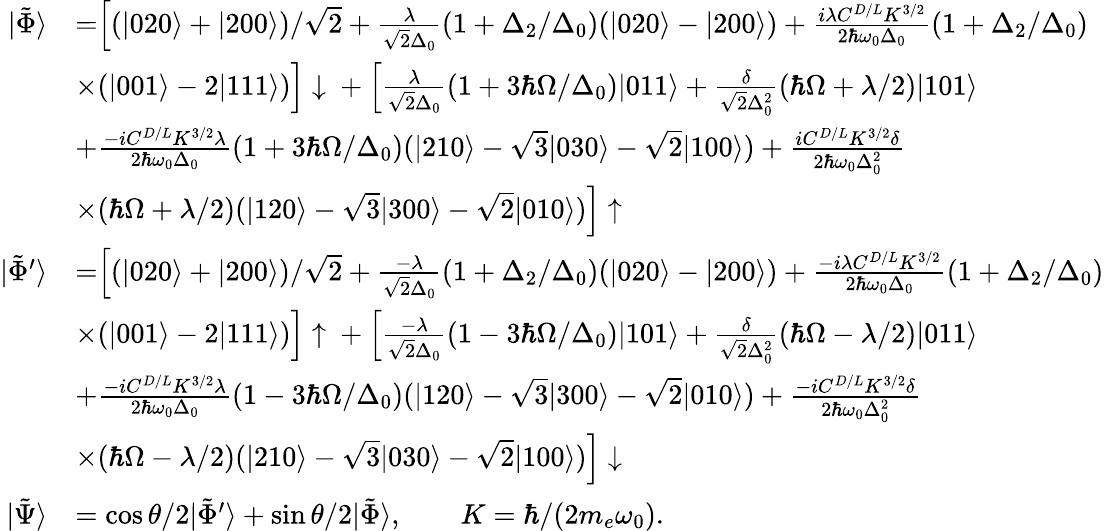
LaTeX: \begin{array}{rl}{|\tilde{\Phi}\rangle}&{=\Bigr[(|020\rangle+|200\rangle)/\sqrt{2}+\frac{\lambda}{\sqrt{2}\Delta_{0}}(1+\Delta_{2}/\Delta_{0})(|020\rangle-|200\rangle)+\frac{i\lambda C^{D/L}K^{3/2}}{2\hbar\omega_{0}\Delta_{0}}(1+\Delta_{2}/\Delta_{0})}\\ &{\times(|001\rangle-2|111\rangle)\Bigr]\downarrow\: +\: \Bigr[\frac{\lambda}{\sqrt{2}\Delta_{0}}(1+3\hbar\Omega/\Delta_{0})|011\rangle+\frac{\delta}{\sqrt{2}\Delta_{0}^{2}}(\hbar\Omega+\lambda/2)|101\rangle}\\ &{+\frac{-iC^{D/L}K^{3/2}\lambda}{2\hbar\omega_{0}\Delta_{0}}(1+3\hbar\Omega/\Delta_{0})(|210\rangle-\sqrt{3}|030\rangle-\sqrt{2}|100\rangle)+\frac{iC^{D/L}K^{3/2}\delta}{2\hbar\omega_{0}\Delta_{0}^{2}}}\\ &{\times(\hbar\Omega+\lambda/2)(|120\rangle-\sqrt{3}|300\rangle-\sqrt{2}|010\rangle)\Bigr]\uparrow}\\ {|\tilde{\Phi}^{\prime}\rangle}&{=\Bigr[(|020\rangle+|200\rangle)/\sqrt{2}+\frac{-\lambda}{\sqrt{2}\Delta_{0}}(1+\Delta_{2}/\Delta_{0})(|020\rangle-|200\rangle)+\frac{-i\lambda C^{D/L}K^{3/2}}{2\hbar\omega_{0}\Delta_{0}}(1+\Delta_{2}/\Delta_{0})}\\ &{\times(|001\rangle-2|111\rangle)\Bigr]\uparrow\: +\: \Bigr[\frac{-\lambda}{\sqrt{2}\Delta_{0}}(1-3\hbar\Omega/\Delta_{0})|101\rangle+\frac{\delta}{\sqrt{2}\Delta_{0}^{2}}(\hbar\Omega-\lambda/2)|011\rangle}\\ &{+\frac{-iC^{D/L}K^{3/2}\lambda}{2\hbar\omega_{0}\Delta_{0}}(1-3\hbar\Omega/\Delta_{0})(|120\rangle-\sqrt{3}|300\rangle-\sqrt{2}|010\rangle)+\frac{-iC^{D/L}K^{3/2}\delta}{2\hbar\omega_{0}\Delta_{0}^{2}}}\\ &{\times(\hbar\Omega-\lambda/2)(|210\rangle-\sqrt{3}|030\rangle-\sqrt{2}|100\rangle)\Bigr]\downarrow}\\ {|\tilde{\Psi}\rangle}&{=\cos{\theta/2}|\tilde{\Phi}^{\prime}\rangle+\sin{\theta/2}|\tilde{\Phi}\rangle,\qquad K=\hbar/(2m_{e}\omega_{0}).}\end{array}